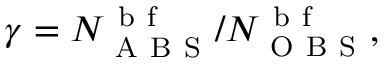
\gamma = N _ { \mathrm { ~ A ~ B ~ S ~ } } ^ { \mathrm { ~ b ~ f ~ } } / N _ { \mathrm { ~ O ~ B ~ S ~ } } ^ { \mathrm { ~ b ~ f ~ } } ,